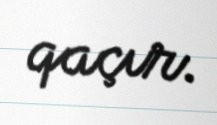
qaçır.